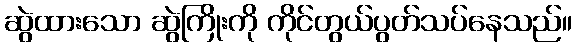
ဆွဲထားသော ဆွဲကြိုးကို ကိုင်တွယ်ပွတ်သပ်နေသည်။